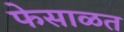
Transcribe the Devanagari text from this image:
फेसाळत